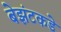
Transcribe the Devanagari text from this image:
बेझंटकडे